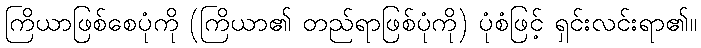
ကြိယာဖြစ်စေပုံကို (ကြိယာ၏ တည်ရာဖြစ်ပုံကို) ပုံစံဖြင့် ရှင်းလင်းရာ၏။